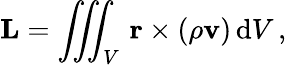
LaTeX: \mathbf{L}=\iiint_{V}\, \mathbf{r}\times(\rho\mathbf{v})\, \mathrm{{d}}V\, ,